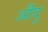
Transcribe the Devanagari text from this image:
औंदू